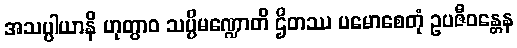
အသပ္ပါယာနိ ဟုတွာဝ သပ္ပိမဏ္ဍောတိ ဌိတဿ ပမောစေတုံ ဥပဇီဝန္တေန